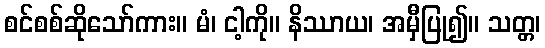
စင်စစ်ဆိုသော်ကား။ မံ၊ ငါ့ကို။ နိဿာယ၊ အမှီပြု၍။ သတ္တ၊